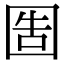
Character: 𡇪